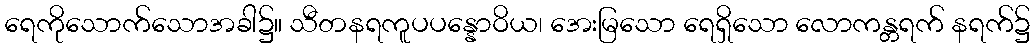
ရေကိုသောက်သောအခါ၌။ သီတနရကူပပန္နောဝိယ၊ အေးမြသော ရေရှိသော လောကန္တရက် နရက်၌